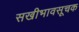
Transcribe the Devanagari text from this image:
सखीभावसूचक